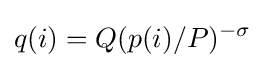
q(i)=Q(p(i)/P)^{-\sigma }